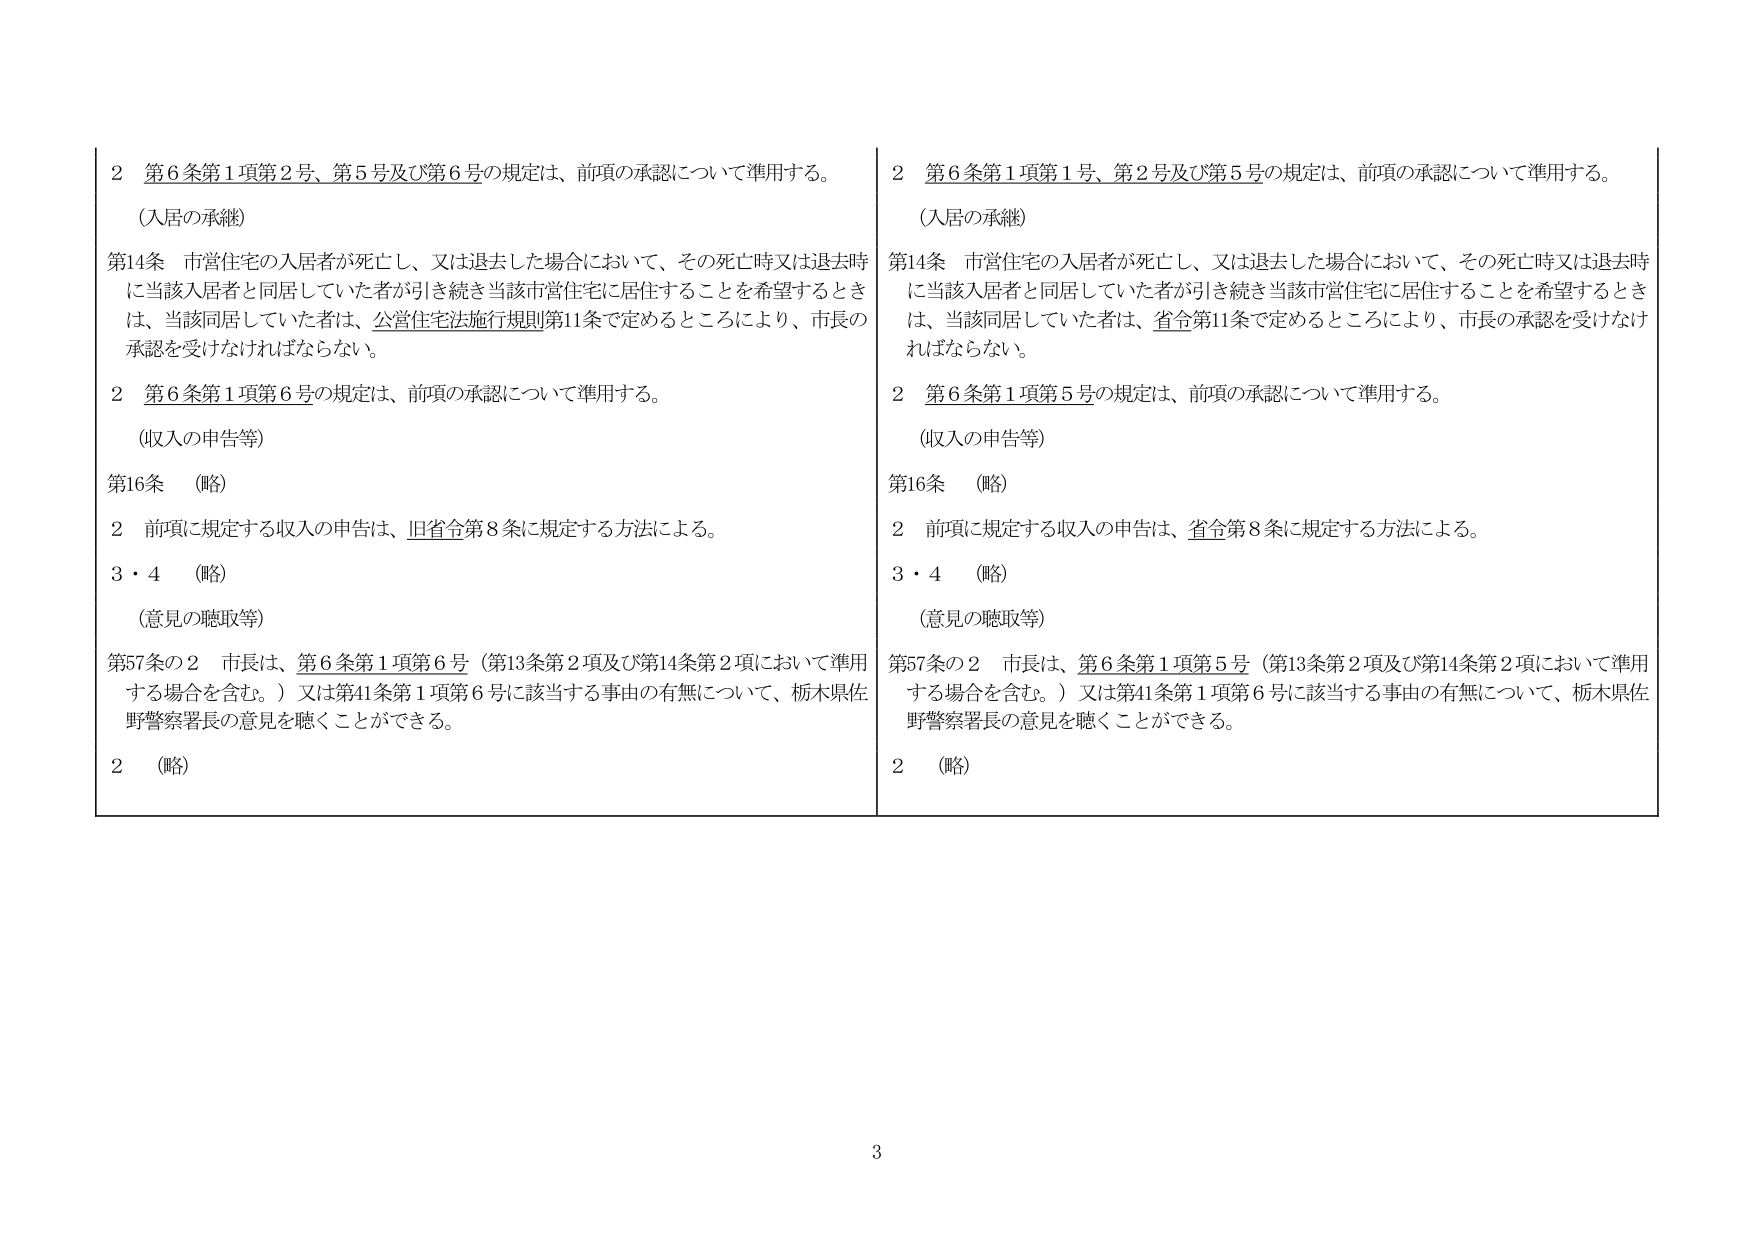
2 第6条第1項第2号、第5号及び第6号の規定は、前項の承認について準用する。
（入居の承継）
第14条 市営住宅の入居者が死亡し、又は退去した場合において、その死亡時又は退去時に当該入居者と同居していた者が引き続き当該市営住宅に居住することを希望するときは、当該同居していた者は、公営住宅法施行規則第11条で定めるところにより、市長の承認を受けなければならない。
2 第6条第1項第6号の規定は、前項の承認について準用する。
（収入の申告等）
第16条 （略）
2 前項に規定する収入の申告は、旧省令第8条に規定する方法による。
3・4 （略）
（意見の聴取等）
第57条の2 市長は、第6条第1項第6号（第13条第2項及び第14条第2項において準用する場合を含む。）又は第41条第1項第6号に該当する事由の有無について、栃木県佐野警察署長の意見を聴くことができる。
2 （略）

2 第6条第1項第1号、第2号及び第5号の規定は、前項の承認について準用する。
（入居の承継）
第14条 市営住宅の入居者が死亡し、又は退去した場合において、その死亡時又は退去時に当該入居者と同居していた者が引き続き当該市営住宅に居住することを希望するときは、当該同居していた者は、省令第11条で定めるところにより、市長の承認を受けなければならない。
2 第6条第1項第5号の規定は、前項の承認について準用する。
（収入の申告等）
第16条 （略）
2 前項に規定する収入の申告は、省令第8条に規定する方法による。
3・4 （略）
（意見の聴取等）
第57条の2 市長は、第6条第1項第5号（第13条第2項及び第14条第2項において準用する場合を含む。）又は第41条第1項第6号に該当する事由の有無について、栃木県佐野警察署長の意見を聴くことができる。
2 （略）

3